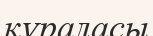
құраласы